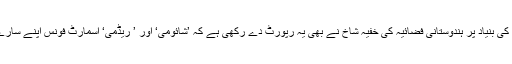
انڈین کمپیوٹر ایمرجینسی رسپانس ٹیم سے ملی جانکاریوں کی بنیاد پر ہندوستانی فضائیہ کی خفیہ شاخ نے بھی یہ رپورٹ دے رکھی ہے کہ ’شائومی‘ اور ’ ریڈمی‘ اسمارٹ فونس اپنے سارے یوزر ڈاٹا چین میں بیٹھے آقائوں کو مہیا کرا رہے تھے۔